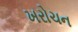
ખરોચન